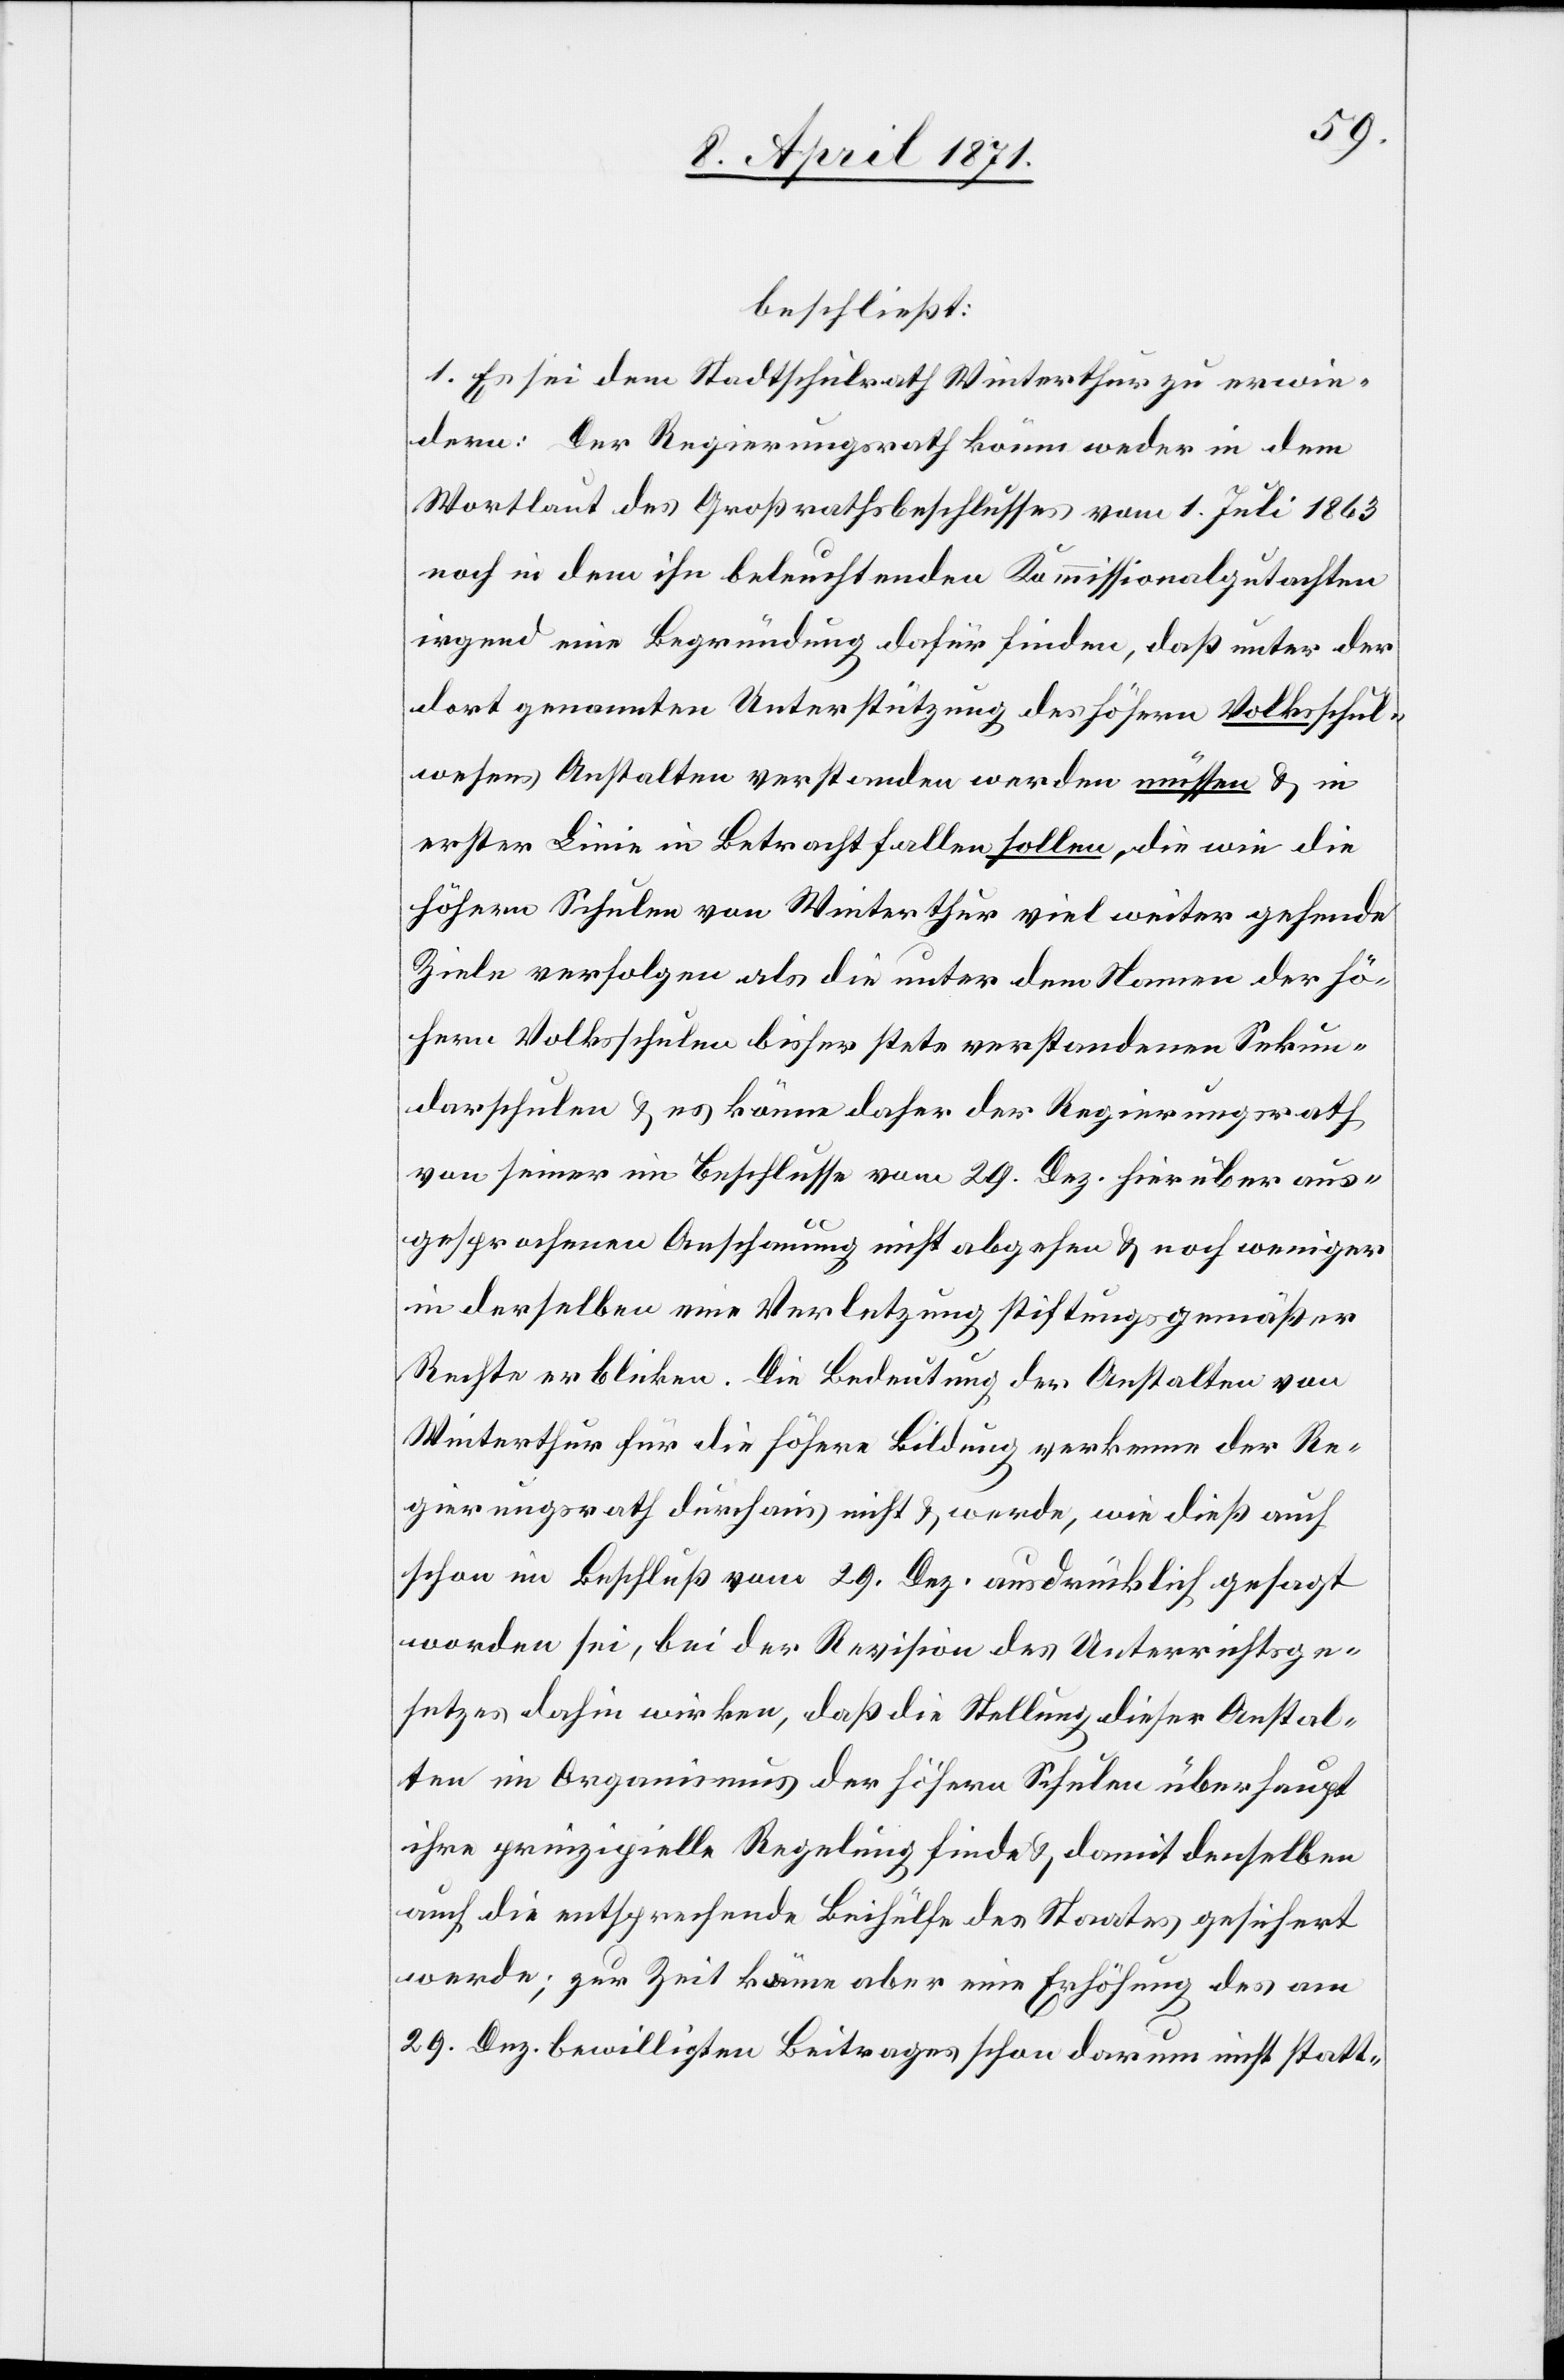
beschließt:
1. Es sei dem Stadtschulrath Winterthur zu erwie¬
dern: Der Regierungsrath könne weder in dem
Wortlaut des Großrathsbeschlusses vom 1. Juli 1863
noch in dem ihn beleuchtenden Kommissionalgutachten
irgend eine Begründung dafür finden, daß unter der
dort genannten Unterstützung des höhern Volksschul¬
wesen Anstalten verstanden werden müssen u. in
erster Linie in Betracht fallen sollen, die wie die
höhern Schulen von Winterthur viel weiter gehende
Ziele verfolgen als die unter dem Namen der hö¬
hern Volksschulen bisher stets verstandenen Sekun¬
darschulen u. es könne daher der Regierungsrath
von seiner im Beschlusse vom 29. Dez. hierüber aus¬
gesprochenen Anschauung nicht abgehen u. noch weniger
in derselben eine Verletzung stiftungsgemäßer
Rechte erblicken. Die Bedeutung der Anstalten von
Winterthur für die höhere Bildung verkenne der Re¬
gierungsrath durchaus nicht u. werde, wie dieß auch
schon im Beschluß vom 29. Dez. ausdrücklich gesagt
worden sei, bei der Revision des Unterrichtsge¬
setzes dahin wirken, daß die Stellung dieser Anstal¬
ten im Organismus der höhern Schulen überhaupt
ihre prinzipielle Regelung finde u. damit denselben
auch die entsprechende Beihülfe des Staates gesichert
werde; zur Zeit könne aber eine Erhöhung des am
29. Dez. bewilligten Beitrages schon darum nicht statt-